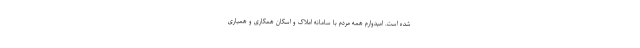
شده است. امیدوارم همه مردم با سامانه املاک و اسکان همکاری و همیاری